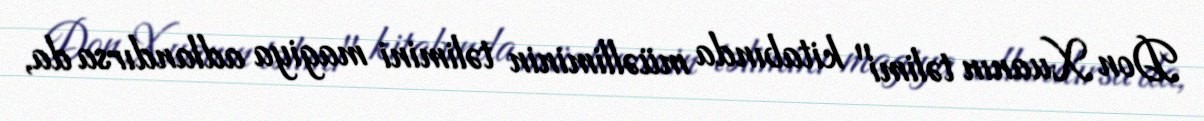
Don Xuanın təlimi" kitabında müəlliminin təlimini magiya adlandırsa da,